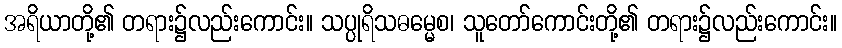
အရိယာတို့၏ တရား၌လည်းကောင်း။ သပ္ပုရိသဓမ္မေစ၊ သူတော်ကောင်းတို့၏ တရား၌လည်းကောင်း။